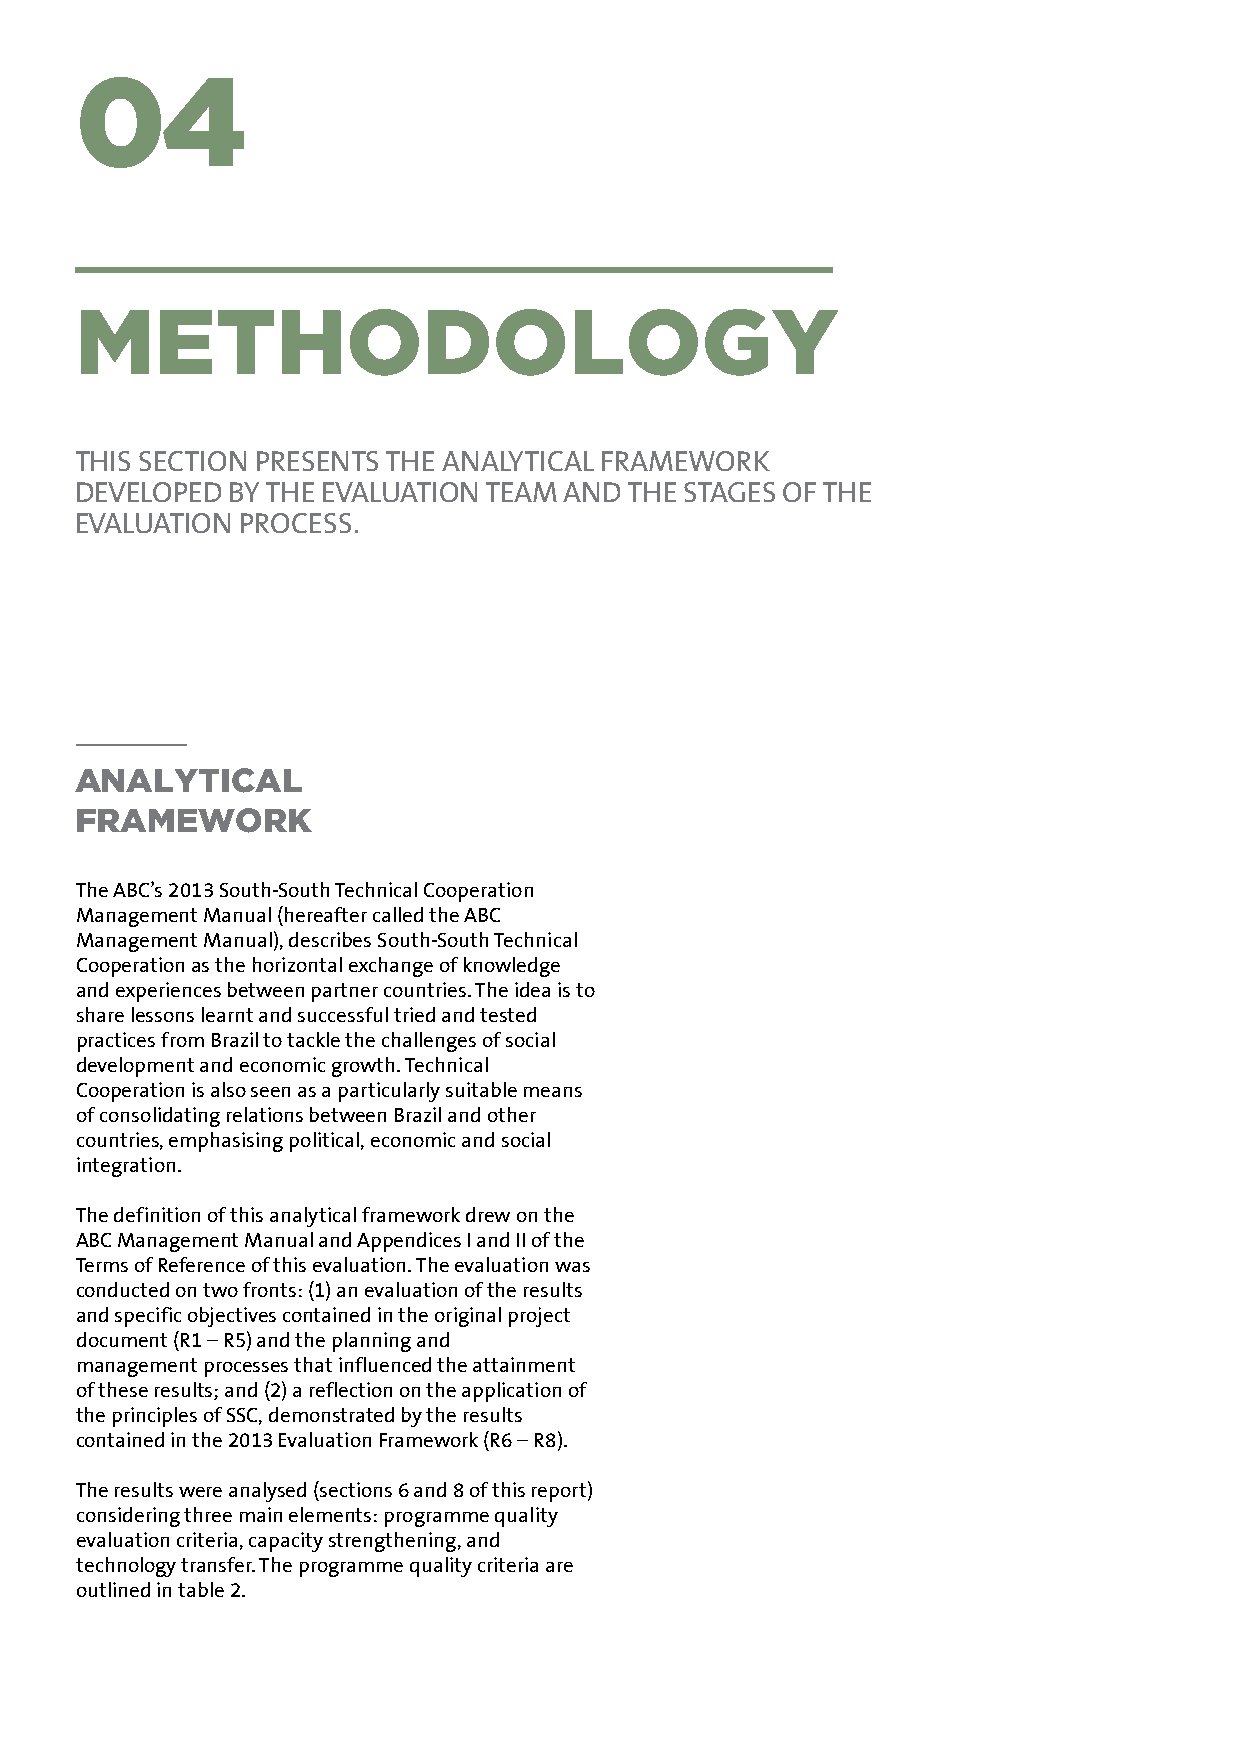
04
 METHODOLOGY
 THIS SECTION PRESENTS THE ANALYTICAL FRAMEWORK
 DEVELOPED BY THE EVALUATION TEAM AND THE STAGES OF THE
 EVALUATION PROCESS.
 ANALYTICAL
 FRAMEWORK
 The ABC’s 2013 South-South Technical Cooperation
 Management Manual (hereafter called the ABC
 Management Manual), describes South-South Technical
 Cooperation as the horizontal exchange of knowledge
 and experiences between partner countries. The idea is to
 share lessons learnt and successful tried and tested
 practices from Brazil to tackle the challenges of social
 development and economic growth. Technical
 Cooperation is also seen as a particularly suitable means
 of consolidating relations between Brazil and other
 countries, emphasising political, economic and social
 integration.
 The definition of this analytical framework drew on the
 ABC Management Manual and Appendices I and II of the
 Terms of Reference of this evaluation. The evaluation was
 conducted on two fronts: (1) an evaluation of the results
 and specific objectives contained in the original project
 document (R1 – R5) and the planning and
 management processes that influenced the attainment
 of these results; and (2) a reflection on the application of
 the principles of SSC, demonstrated by the results
 contained in the 2013 Evaluation Framework (R6 – R8).
 The results were analysed (sections 6 and 8 of this report)
 considering three main elements: programme quality
 evaluation criteria, capacity strengthening, and
 technology transfer. The programme quality criteria are
 outlined in table 2.